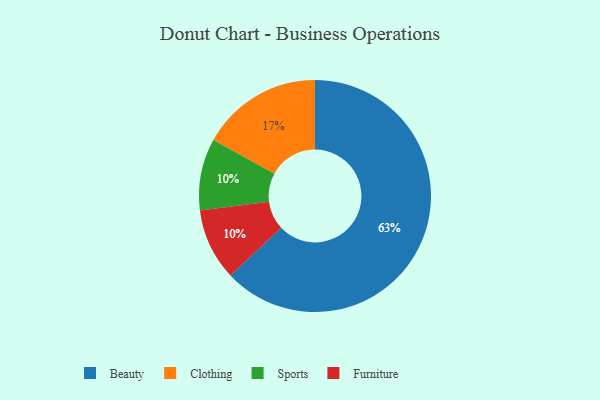
{"axis": {"x": "Category", "y": "Percentage"}, "legend": ["Beauty", "Clothing", "Furniture", "Sports"], "data": [{"x": "Clothing", "y": 17, "type": "Clothing"}, {"x": "Sports", "y": 10, "type": "Sports"}, {"x": "Furniture", "y": 10, "type": "Furniture"}, {"x": "Beauty", "y": 63, "type": "Beauty"}]}